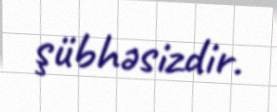
şübhəsizdir.